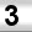
Digit: 3